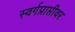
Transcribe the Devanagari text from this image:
स्वर्गप्राप्तीवर